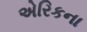
એરિકના